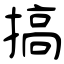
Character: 搞